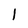
Character: l